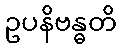
ဥပနိဗန္ဓတိ